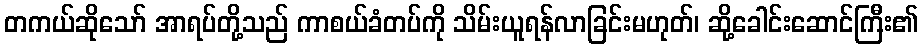
တကယ်ဆိုသော် အာရပ်တို့သည် ကာစယ်ခံတပ်ကို သိမ်းယူရန်လာခြင်းမဟုတ်၊ ဆို့ခေါင်းဆောင်ကြီး၏